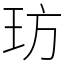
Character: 𤤁